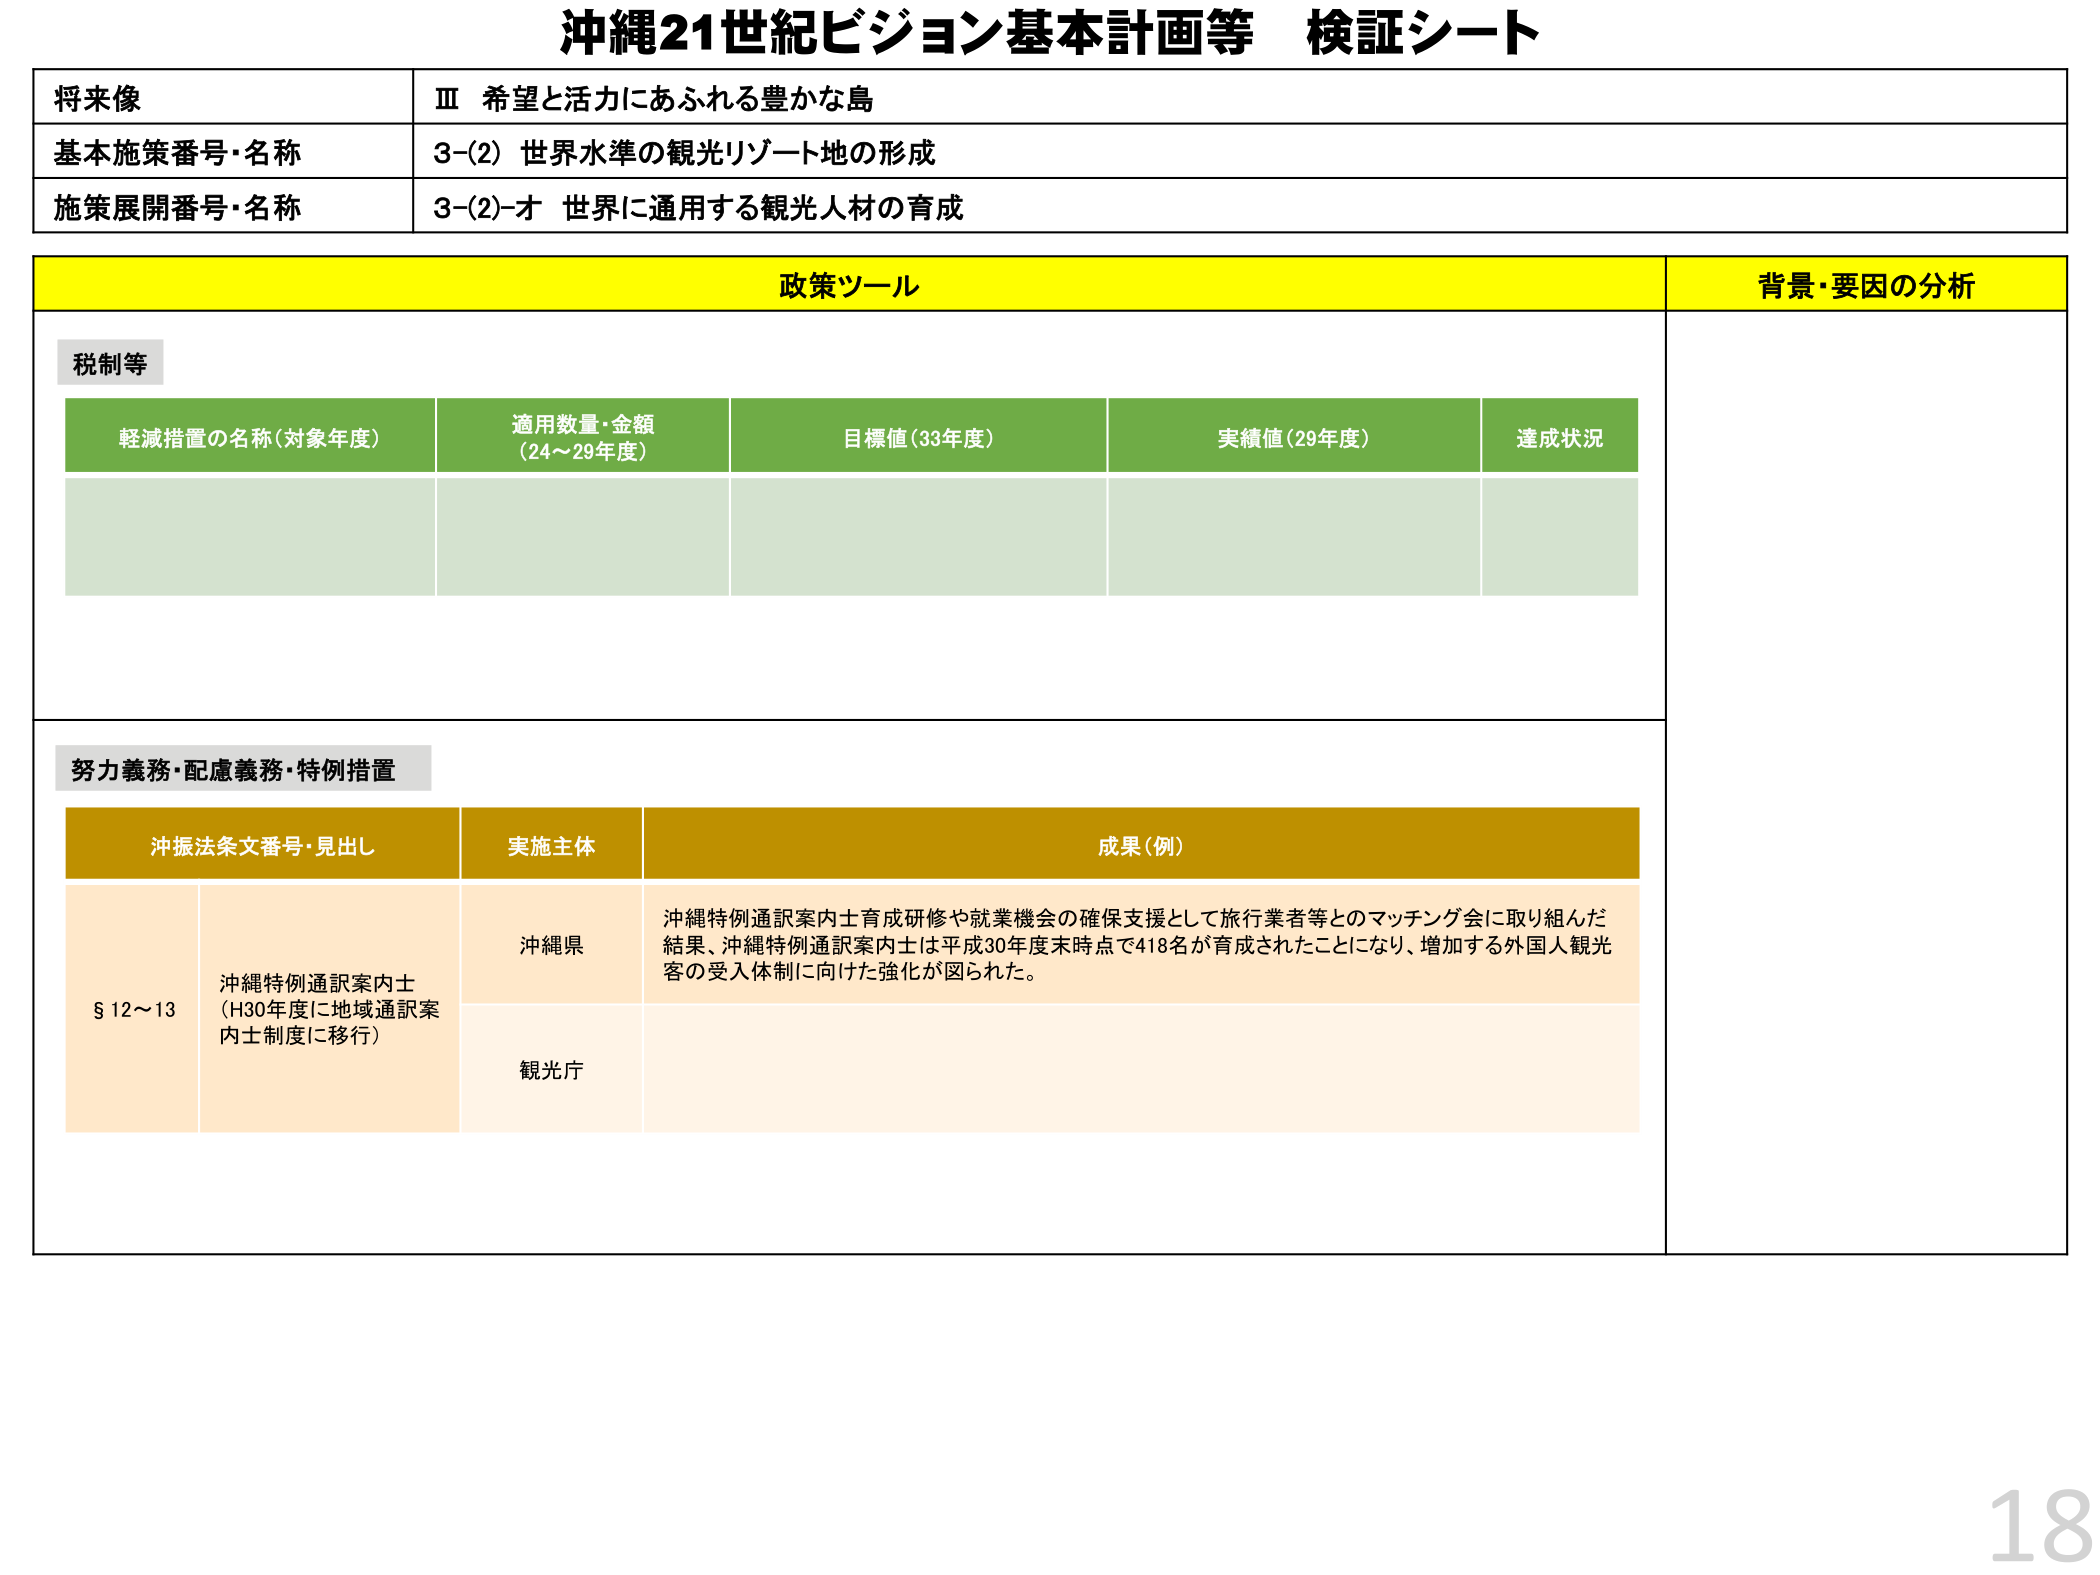
沖縄21世紀ビジョン基本計画等 検証シート

将来像
Ⅲ 希望と活力にあふれる豊かな島

基本施策番号・名称
3-(2) 世界水準の観光リゾート地の形成

施策展開番号・名称
3-(2)-オ 世界に通用する観光人材の育成

政策ツール
背景・要因の分析

税制等

軽減措置の名称（対象年度）
適用数量・金額
（24～29年度）
目標値（33年度）
実績値（29年度）
達成状況

努力義務・配慮義務・特例措置

沖振法条文番号・見出し
実施主体
成果（例）

§12～13
沖縄特例通訳案内士
（H30年度に地域通訳案内士制度に移行）
沖縄県
沖縄特例通訳案内士育成研修や就業機会の確保支援として旅行業者等とのマッチング会に取り組んだ結果、沖縄特例通訳案内士は平成30年度末時点で418名が育成されたことになり、増加する外国人観光客の受入体制に向けた強化が図られた。
観光庁

18